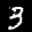
Label: 3